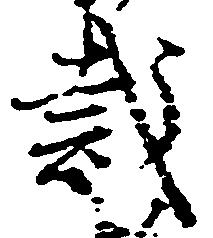
裁